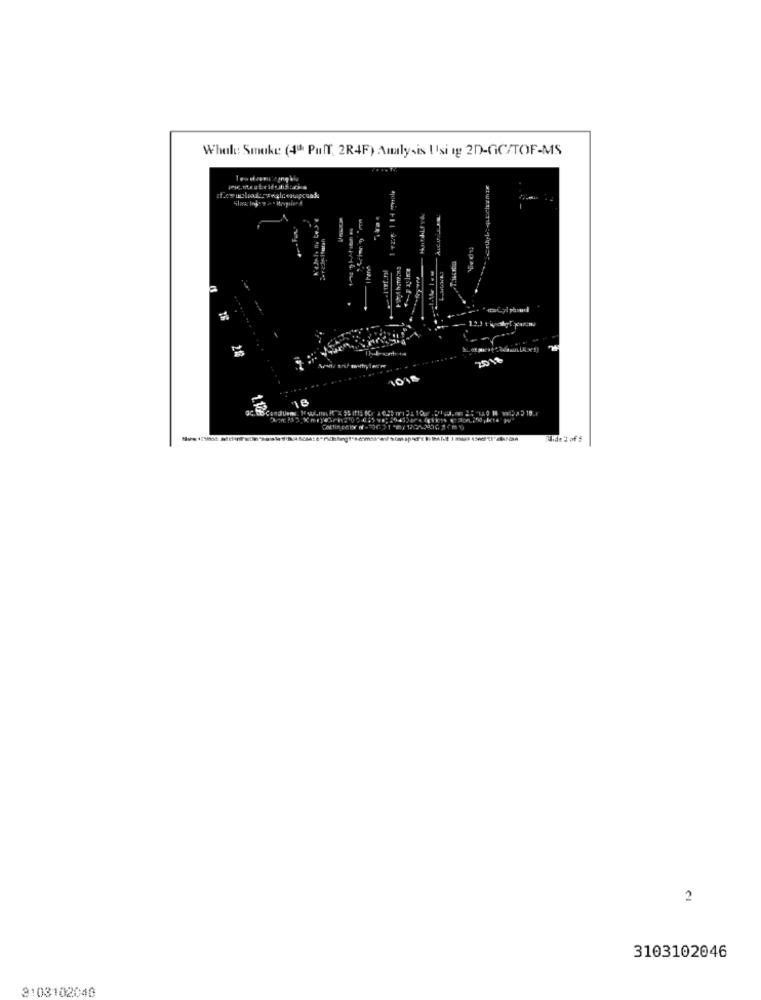
Whal: Smake (4ª Puff, 2R4F) Analysis U Isi ig 2D-GC/TOF-MS
285 19.
Slide 2 of 5
2
3103102046
3103102040